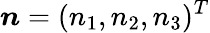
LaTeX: \boldsymbol{n}=(n_{1},n_{2},n_{3})^{T}